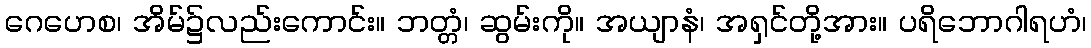
ဂေဟေစ၊ အိမ်၌လည်းကောင်း။ ဘတ္တံ၊ ဆွမ်းကို။ အယျာနံ၊ အရှင်တို့အား။ ပရိဘောဂါရဟံ၊